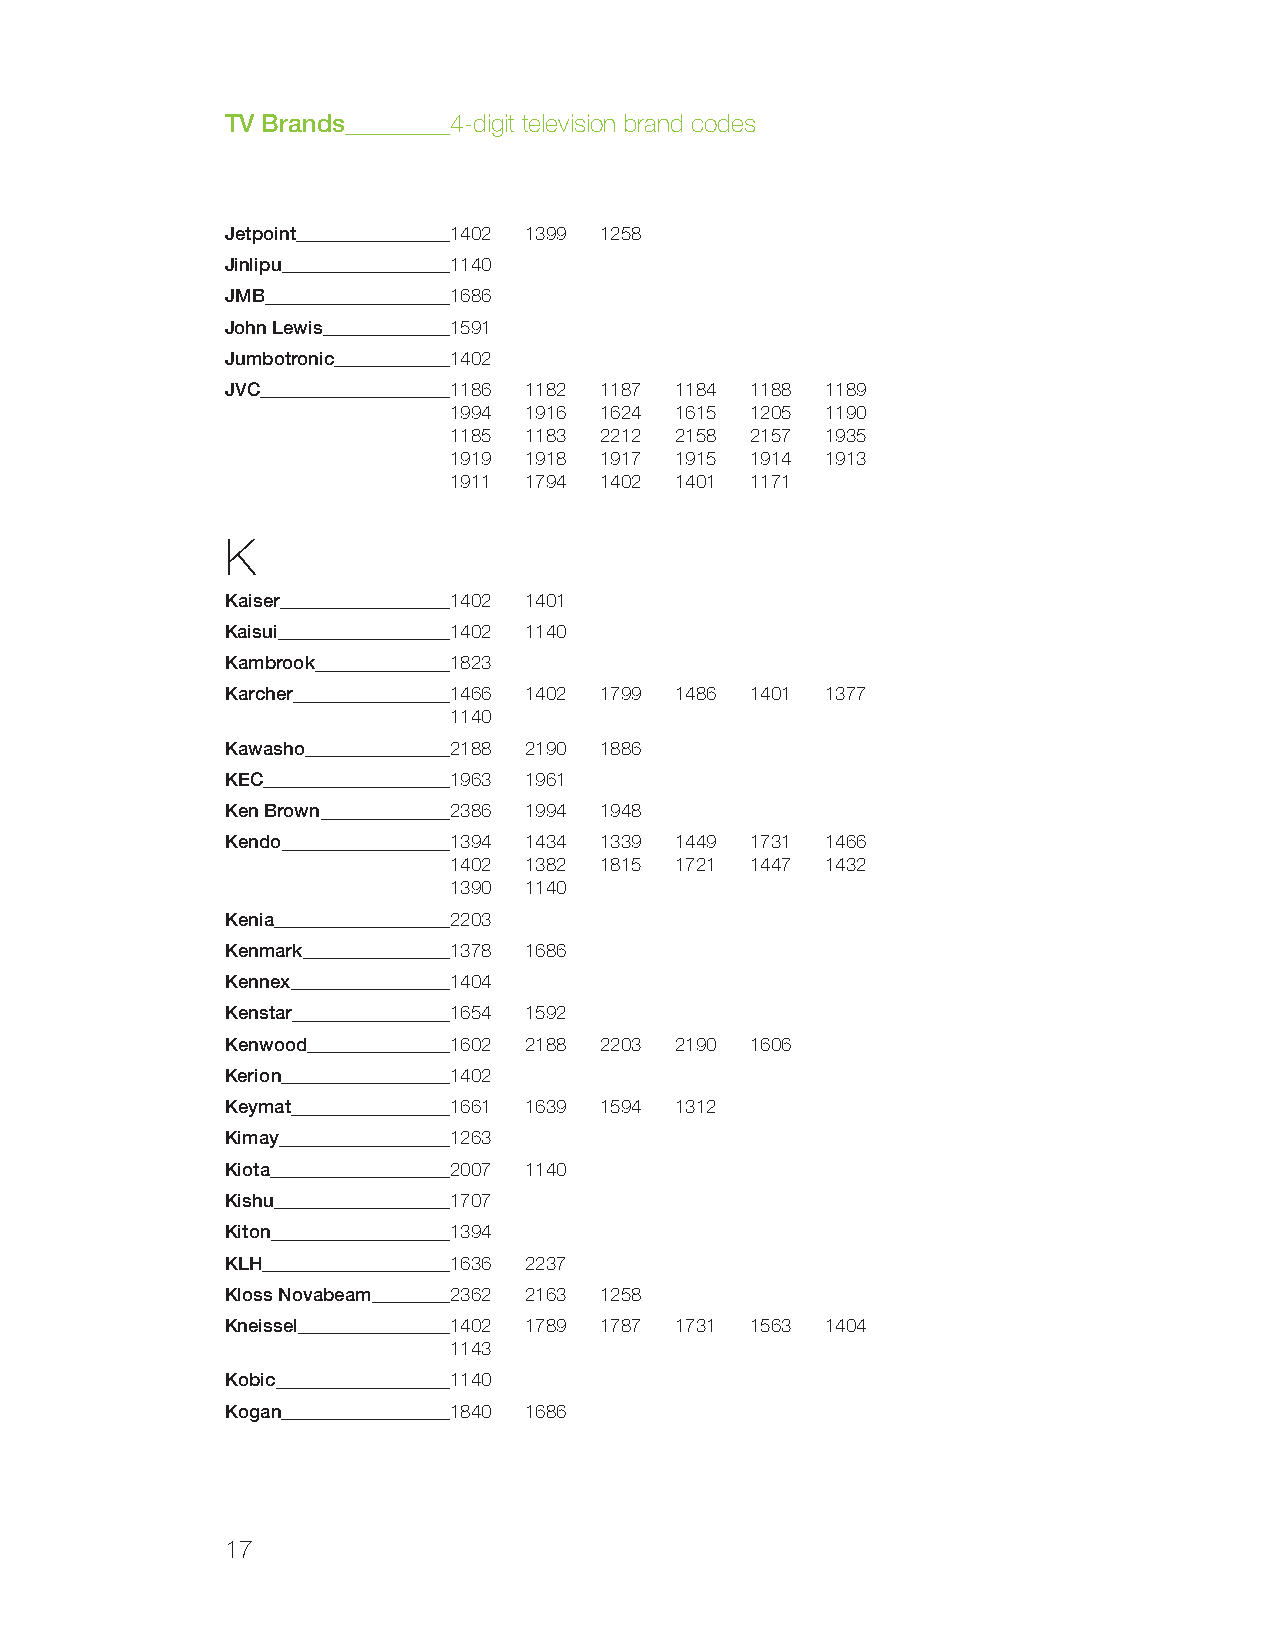
TV Brands      4-digit television brand codes
 Jetpoint       1402 1399 1258
 Jinlipu        1140
 JMB            1686
 John Lewis     1591
 Jumbotronic    1402
 JVC            1186 1182 1187 1184 1188 1189
 1994 1916 1624 1615 1205 1190
 1185 1183 2212 2158 2157 1935
 1919 1918 1917 1915 1914 1913
 1911 1794 1402 1401 1171
 K
 Kaiser         1402 1401
 Kaisui         1402 1140
 Kambrook       1823
 Karcher        1466 1402 1799 1486 1401 1377
 1140
 Kawasho        2188 2190 1886
 KEC            1963 1961
 Ken Brown      2386 1994 1948
 Kendo          1394 1434 1339 1449 1731 1466
 1402 1382 1815 1721 1447 1432
 1390 1140
 Kenia          2203
 Kenmark        1378 1686
 Kennex         1404
 Kenstar        1654 1592
 Kenwood        1602 2188 2203 2190 1606
 Kerion         1402
 Keymat         1661 1639 1594 1312
 Kimay          1263
 Kiota          2007 1140
 Kishu          1707
 Kiton          1394
 KLH            1636 2237
 Kloss Novabeam 2362 2163 1258
 Kneissel       1402 1789 1787 1731 1563 1404
 1143
 Kobic          1140
 Kogan          1840 1686
 17